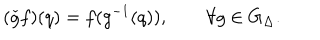
LaTeX: ( \check { g } f ) ( q ) = f ( g ^ { - 1 } ( q ) ) , \qquad \forall g \in G _ { \Delta } .